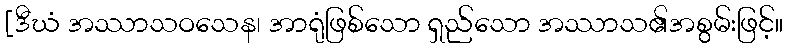
[ဒီဃံ အဿာသဝသေန၊ အာရုံဖြစ်သော ရှည်သော အဿာသ၏အစွမ်းဖြင့်။